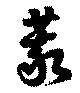
蒙